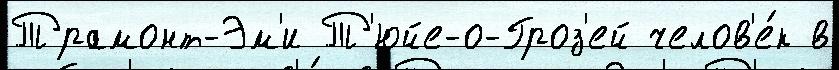
Трамонт-Эм'и Т'юйе-о-Гроз'ей челов'е́к в